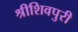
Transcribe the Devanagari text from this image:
श्रीशिवपुरी